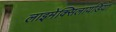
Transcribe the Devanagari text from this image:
लाइमेक्सिलायडिया